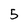
Character: 5